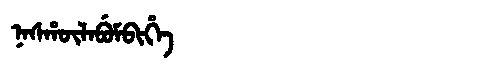
Manchu: ᠨᠠᠰᡥᡡᠯᠠᠪᡠᠮᠪᡳᡥᡝ
Romanization: NASHŪLABUMBIHE